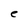
Character: e